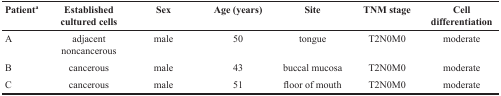
<table><thead><tr><td><b>Patient<sup>a</sup></b></td><td><b>Established cultured cells</b></td><td><b>Sex</b></td><td><b>Age (years)</b></td><td><b>Site</b></td><td><b>TNM stage</b></td><td><b>Cell differentiation</b></td></tr></thead><tbody><tr><td>A</td><td>adjacent noncancerous</td><td>male</td><td>50</td><td>tongue</td><td>T2N0M0</td><td>moderate</td></tr><tr><td>B</td><td>cancerous</td><td>male</td><td>43</td><td>buccal mucosa</td><td>T2N0M0</td><td>moderate</td></tr><tr><td>C</td><td>cancerous</td><td>male</td><td>51</td><td>floor of mouth</td><td>T2N0M0</td><td>moderate</td></tr></tbody></table>